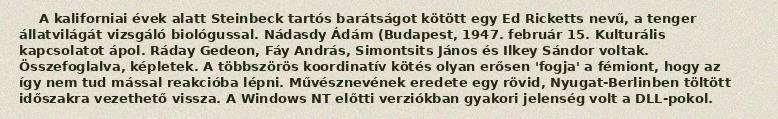
A kaliforniai évek alatt Steinbeck tartós barátságot kötött egy Ed Ricketts nevű, a tenger állatvilágát vizsgáló biológussal. Nádasdy Ádám (Budapest, 1947. február 15. Kulturális kapcsolatot ápol. Ráday Gedeon, Fáy András, Simontsits János és Ilkey Sándor voltak. Összefoglalva, képletek. A többszörös koordinatív kötés olyan erősen 'fogja' a fémiont, hogy az így nem tud mással reakcióba lépni. Művésznevének eredete egy rövid, Nyugat-Berlinben töltött időszakra vezethető vissza. A Windows NT előtti verziókban gyakori jelenség volt a DLL-pokol.